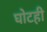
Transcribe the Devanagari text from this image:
घोटही